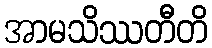
အာမသိဿတီတိ